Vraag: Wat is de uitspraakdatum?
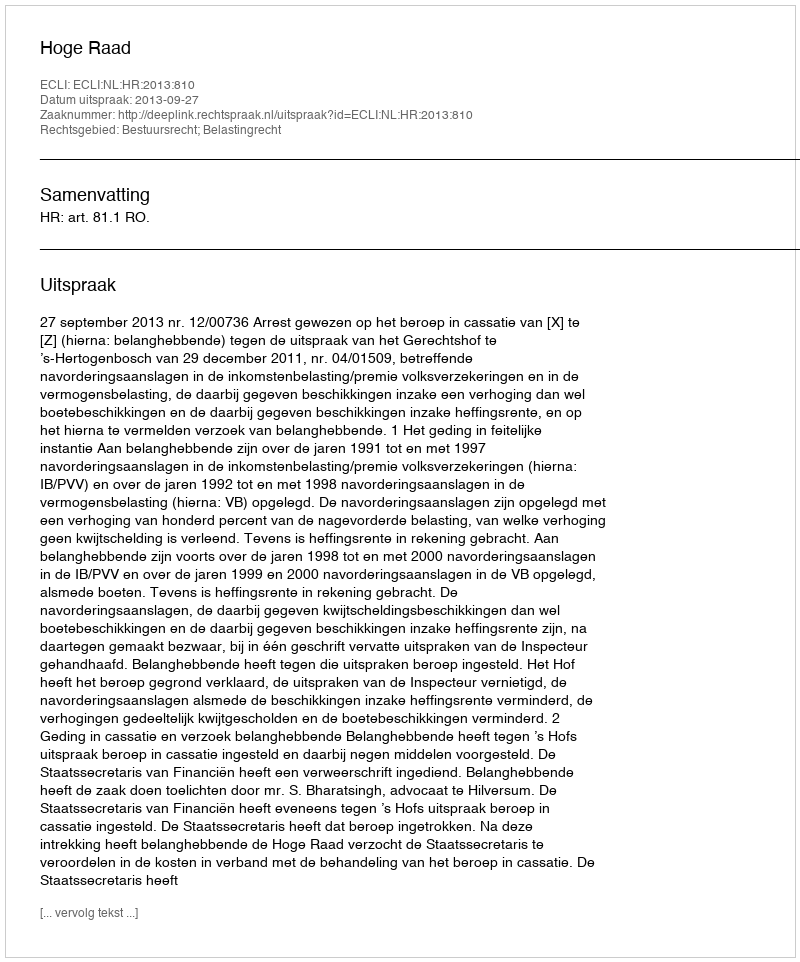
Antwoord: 2013-09-27